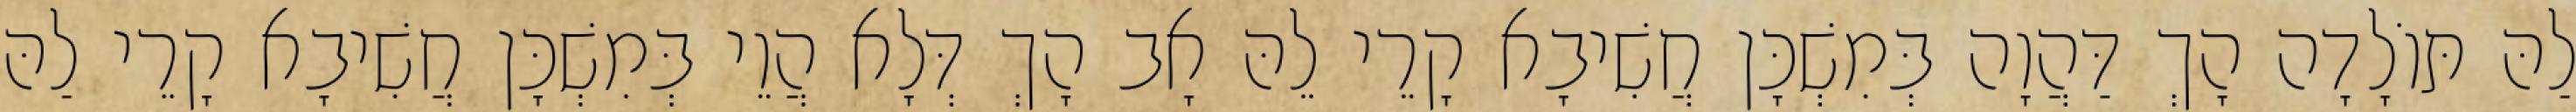
לַהּ תּוֹלָדָה הָךְ דַּהֲוָה בְּמִשְׁכָּן חֲשִׁיבָא קָרֵי לֵהּ אָב הָךְ דְּלָא הֲוֵי בְּמִשְׁכָּן חֲשִׁיבָא קָרֵי לַהּ